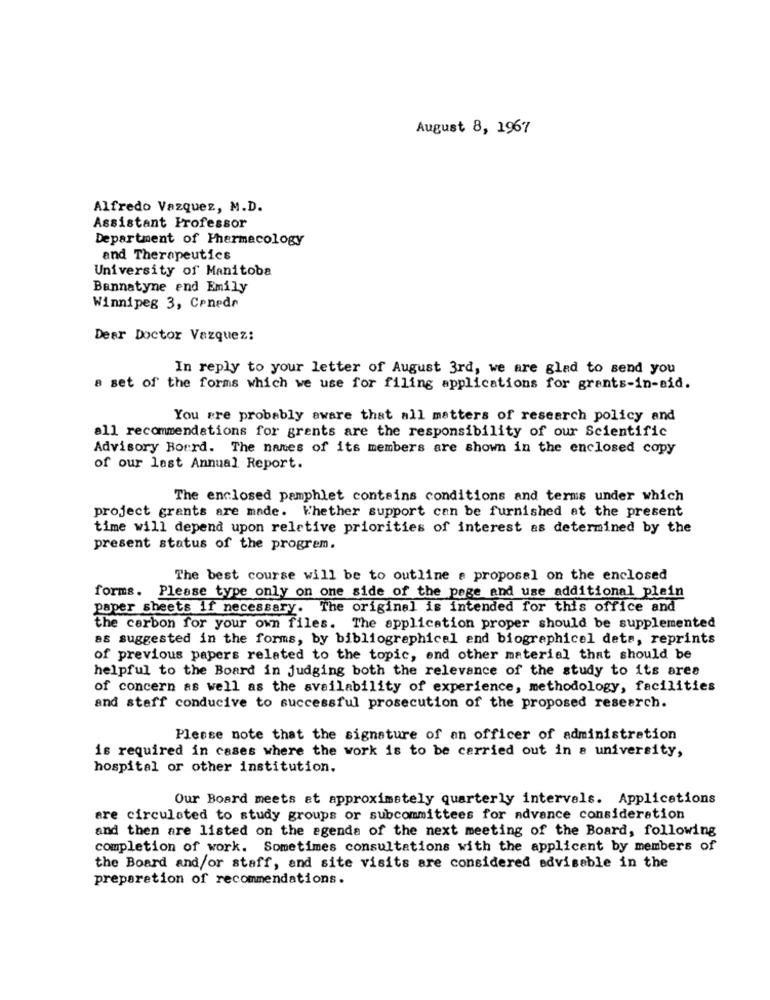
August 8, 1967
Alfredo Vazquez, M.D.
Assistant Professor
Department of Pharmacology
and Therapeutics
University of Manitoba
Bannatyne end Emily
Winnipeg 3, Conede
Dear Doctor Vazquez:
In reply to your letter of August 3rd, we are glad to send you
a set of the forms which we use for filing applications for grants-in-aid.
You are probably aware that all matters of research policy and
all recommendations for grants are the responsibility of our Scientific
Advisory Borrd. The names of its members are shown in the enclosed copy
of our last Annual Report.
The enclosed pamphlet contains conditions and terms under which
project grants are made. Whether support can be furnished at the present
time will depend upon relative priorities of interest as determined by the
present status of the program.
The best course will be to outline a proposal on the enclosed
forms. Please type only on one side of the page and use additional plein
paper sheets if necessary. The original is intended for this office and
the carbon for your own files. The application proper should be supplemented
as suggested in the forms, by bibliographical and biographical deta, reprints
of previous papers related to the topic, end other material that should be
helpful to the Board in judging both the relevance of the study to its ares
of concern as well as the availability of experience, methodology, facilities
and staff conducive to successful prosecution of the proposed research.
Please note that the signature of an officer of administration
is required in cases where the work is to be carried out in a university,
hospital or other institution.
Our Board meets at approximately quarterly intervals. Applications
are circulated to study groups or subcommittees for advance consideration
and then are listed on the agenda of the next meeting of the Board, following
completion of work. Sometimes consultations with the applicant by members of
the Board and/or staff, and site visits are considered advisable in the
preparation of recommendations.